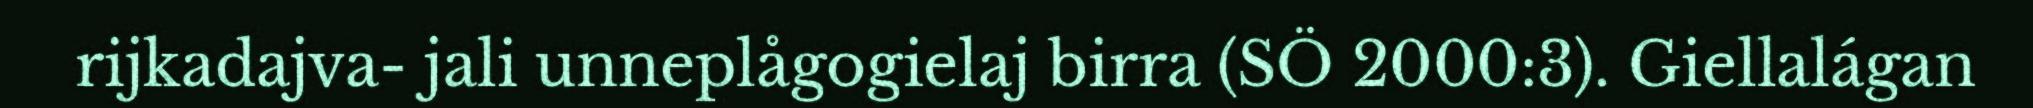
rijkadajva- jali unneplågogielaj birra (SÖ 2000:3). Giellalágan